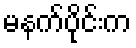
မနက်ပိုင်းက